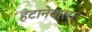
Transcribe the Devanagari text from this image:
हटानेवाला